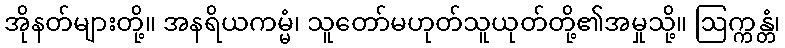
အိုနတ်များတို့။ အနရိယကမ္မံ၊ သူတော်မဟုတ်သူယုတ်တို့၏အမှုသို့။ ဩက္ကန္တံ၊